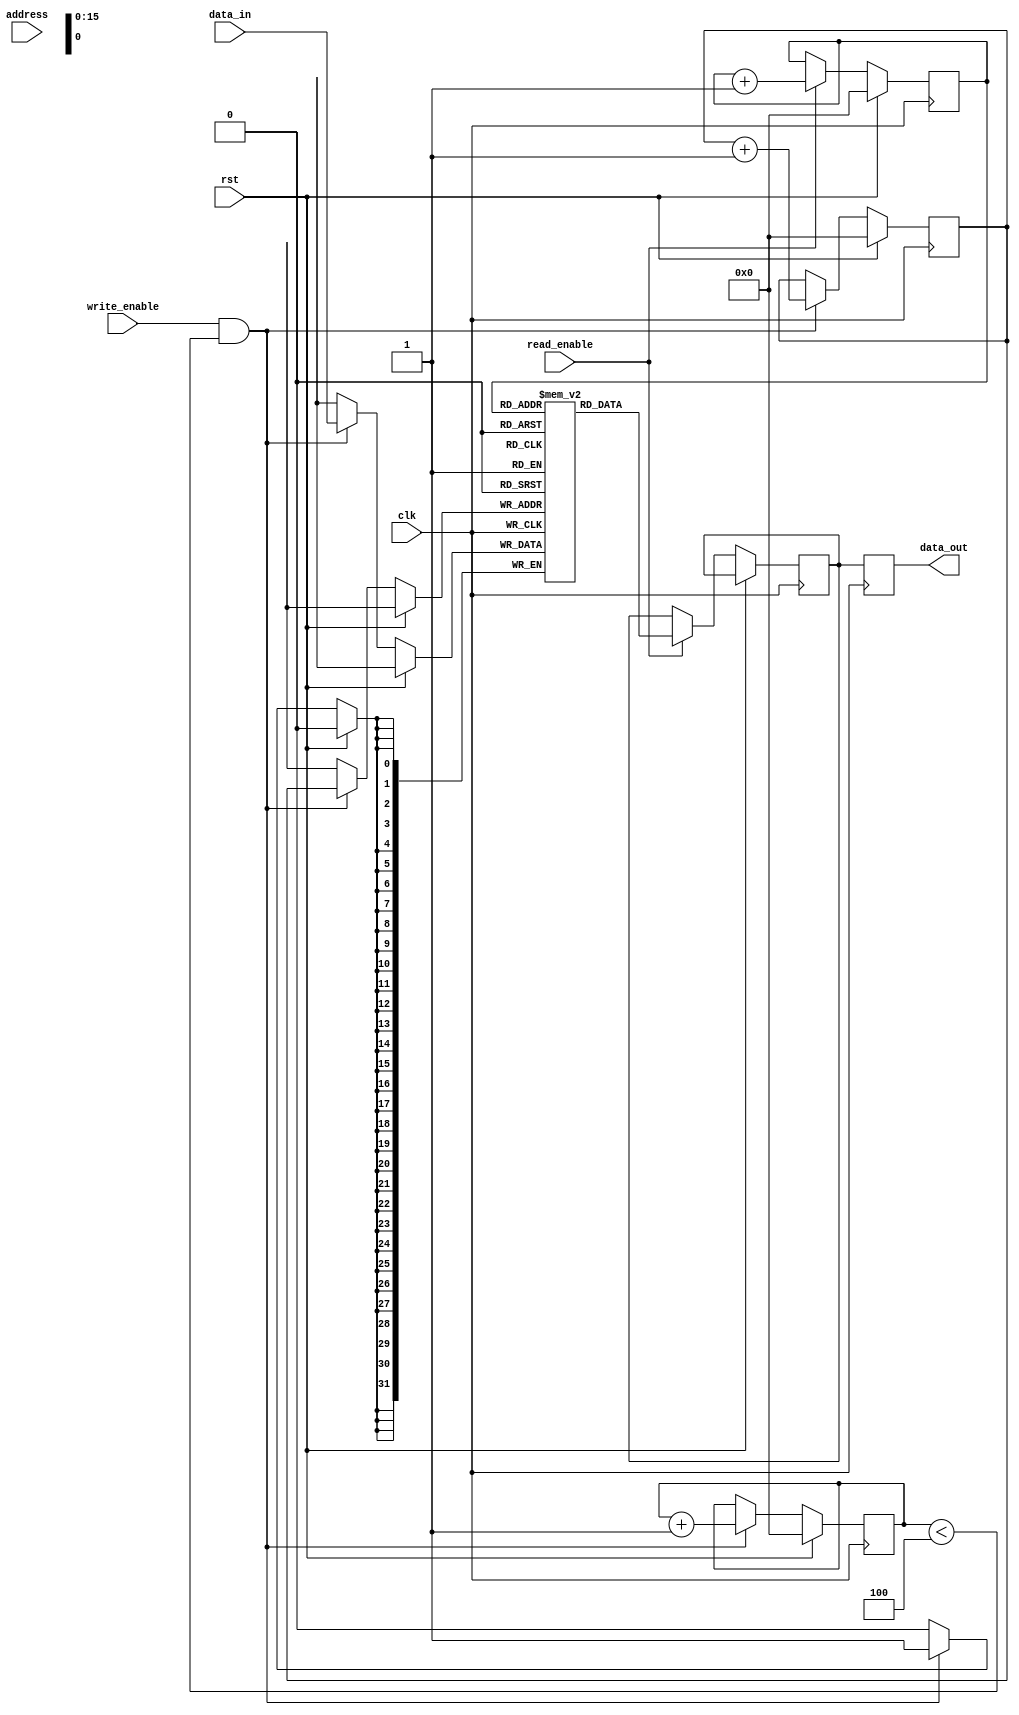
module memory_block_qdr_sram(
    input wire clk,
    input wire rst,
    input wire [ADDR_WIDTH-1:0] address,
    input wire write_enable,
    input wire read_enable,
    input wire [DATA_WIDTH-1:0] data_in,
    output reg [DATA_WIDTH-1:0] data_out
);

// Define parameters
parameter ADDR_WIDTH = 16;
parameter DATA_WIDTH = 32;
parameter BURST_LENGTH = 4;
parameter PIPELINE_STAGES = 2;

// Define internal signals
reg [DATA_WIDTH-1:0] memory[0:(2**ADDR_WIDTH)-1];
reg [ADDR_WIDTH-1:0] burst_counter;
reg [ADDR_WIDTH-1:0] read_address;
reg [ADDR_WIDTH-1:0] write_address;
reg [DATA_WIDTH-1:0] read_data;

// Define address decoding logic
always @ (posedge clk) begin
    if (rst) begin
        burst_counter <= 0;
        read_address <= 0;
        write_address <= 0;
    end else begin
        if (write_enable && (burst_counter < BURST_LENGTH)) begin
            memory[write_address] <= data_in;
            write_address <= write_address + 1;
            burst_counter <= burst_counter + 1;
        end
        
        if (read_enable) begin
            read_data <= memory[read_address];
            read_address <= read_address + 1;
        end
    end
end

// Define data output logic
always @ (posedge clk) begin
    data_out <= read_data;
end

endmodule